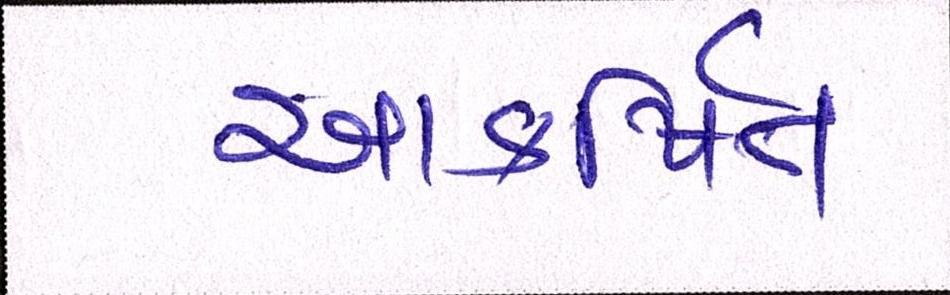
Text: આકર્ષિત